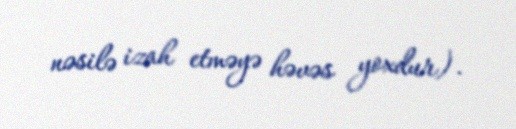
nəsilə izah etməyə həvəs yoxdur).